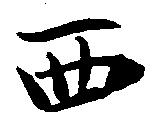
西